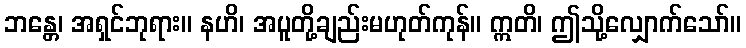
ဘန္တေ၊ အရှင်ဘုရား။ နဟိ၊ အပူတို့ချည်းမဟုတ်ကုန်။ ဣတိ၊ ဤသို့လျှောက်သော်။